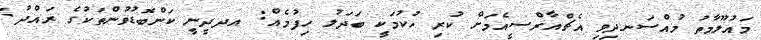
މައުލޫމާތު މުއްސަނދިވި އެޗްއާރްސީއެމަށް ކުރި ހުކުމަކީ ބަދަލު ހިފުމެއް: އދދީނީ ކަންބޮޑުވުންްތަކުގެ ރައްދު: